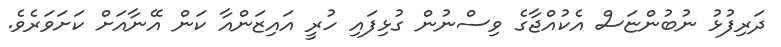
ދަރިފުޅު ނުބުންޏަސް އެކުއްޖާގެ ވިސްނުން ގުޅިފައި ހުރީ އައިޒަންއާ ކަން އޭނާއަށް ކަށަވަރެވެ.